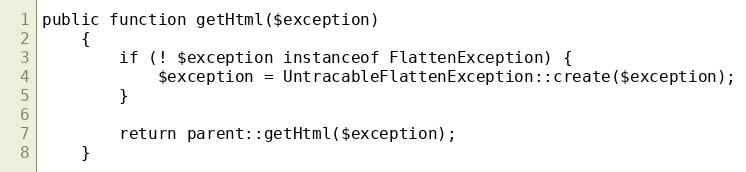
Language: PHP
public function getHtml($exception)
    {
        if (! $exception instanceof FlattenException) {
            $exception = UntracableFlattenException::create($exception);
        }

        return parent::getHtml($exception);
    }